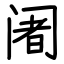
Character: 阇